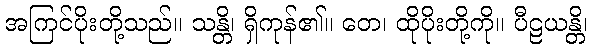
အကြင်ပိုးတို့သည်။ သန္တိ၊ ရှိကုန်၏။ တေ၊ ထိုပိုးတို့ကို။ ပီဠယန္တိ၊